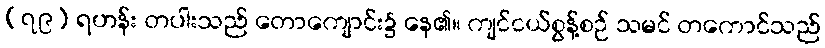
(၇၉) ရဟန်း တပါးသည် တောကျောင်း၌ နေ၏။ ကျင်ငယ်စွန့်စဉ် သမင် တကောင်သည်